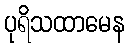
ပုရိသထာမေန